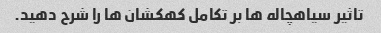
تاثیر سیاهچاله ها بر تکامل کهکشان ها را شرح دهید.